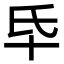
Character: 氒